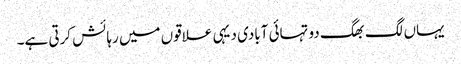
یہاں لگ بھگ دو تہائی آبادی دیہی علاقوں میں رہائش کرتی ہے۔